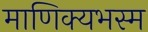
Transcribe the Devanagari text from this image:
माणिक्यभस्म